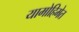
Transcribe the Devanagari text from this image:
यामोहिमेत